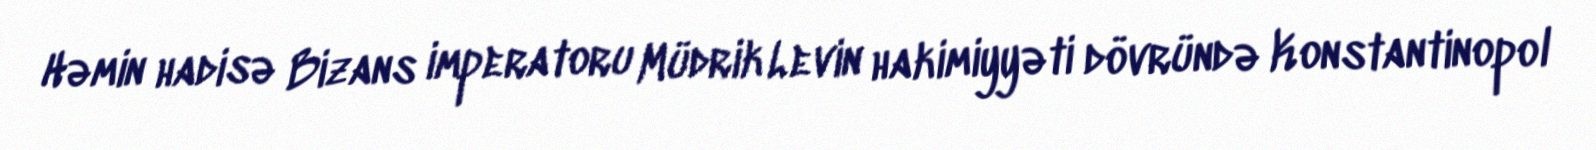
Həmin hadisə Bizans imperatoru Müdrik Levin hakimiyyəti dövründə Konstantinopol